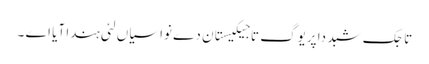
تاجک شبد دا پریوگ تاجیکیستان دے نواسیاں لئی ہندا آیا اے ۔